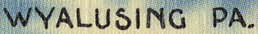
WYALUSING PA.